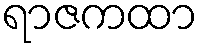
ရာဇကထာ